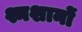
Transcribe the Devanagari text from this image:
श्मशानों